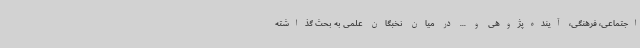
اجتماعی، فرهنگی، آینده‌پژوهی و ... در میان نخبگان علمی به بحث گذاشته